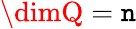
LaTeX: \dimQ=\mathtt{n}